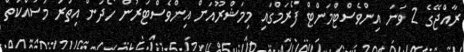
ރާއްޖޭގެ 2 ވަނަ އިންވެސްޓްމަންޓް ފޯރަމްގައި މިމަޝްރޫއަށް އިންވެސްޓަރުން ހޯދަން އިތުރު މަސައްކަތް